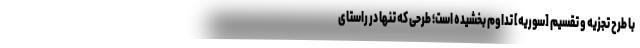
با طرح تجزیه و تقسیم [سوریه] تداوم بخشیده است؛ طرحی که تنها در راستای